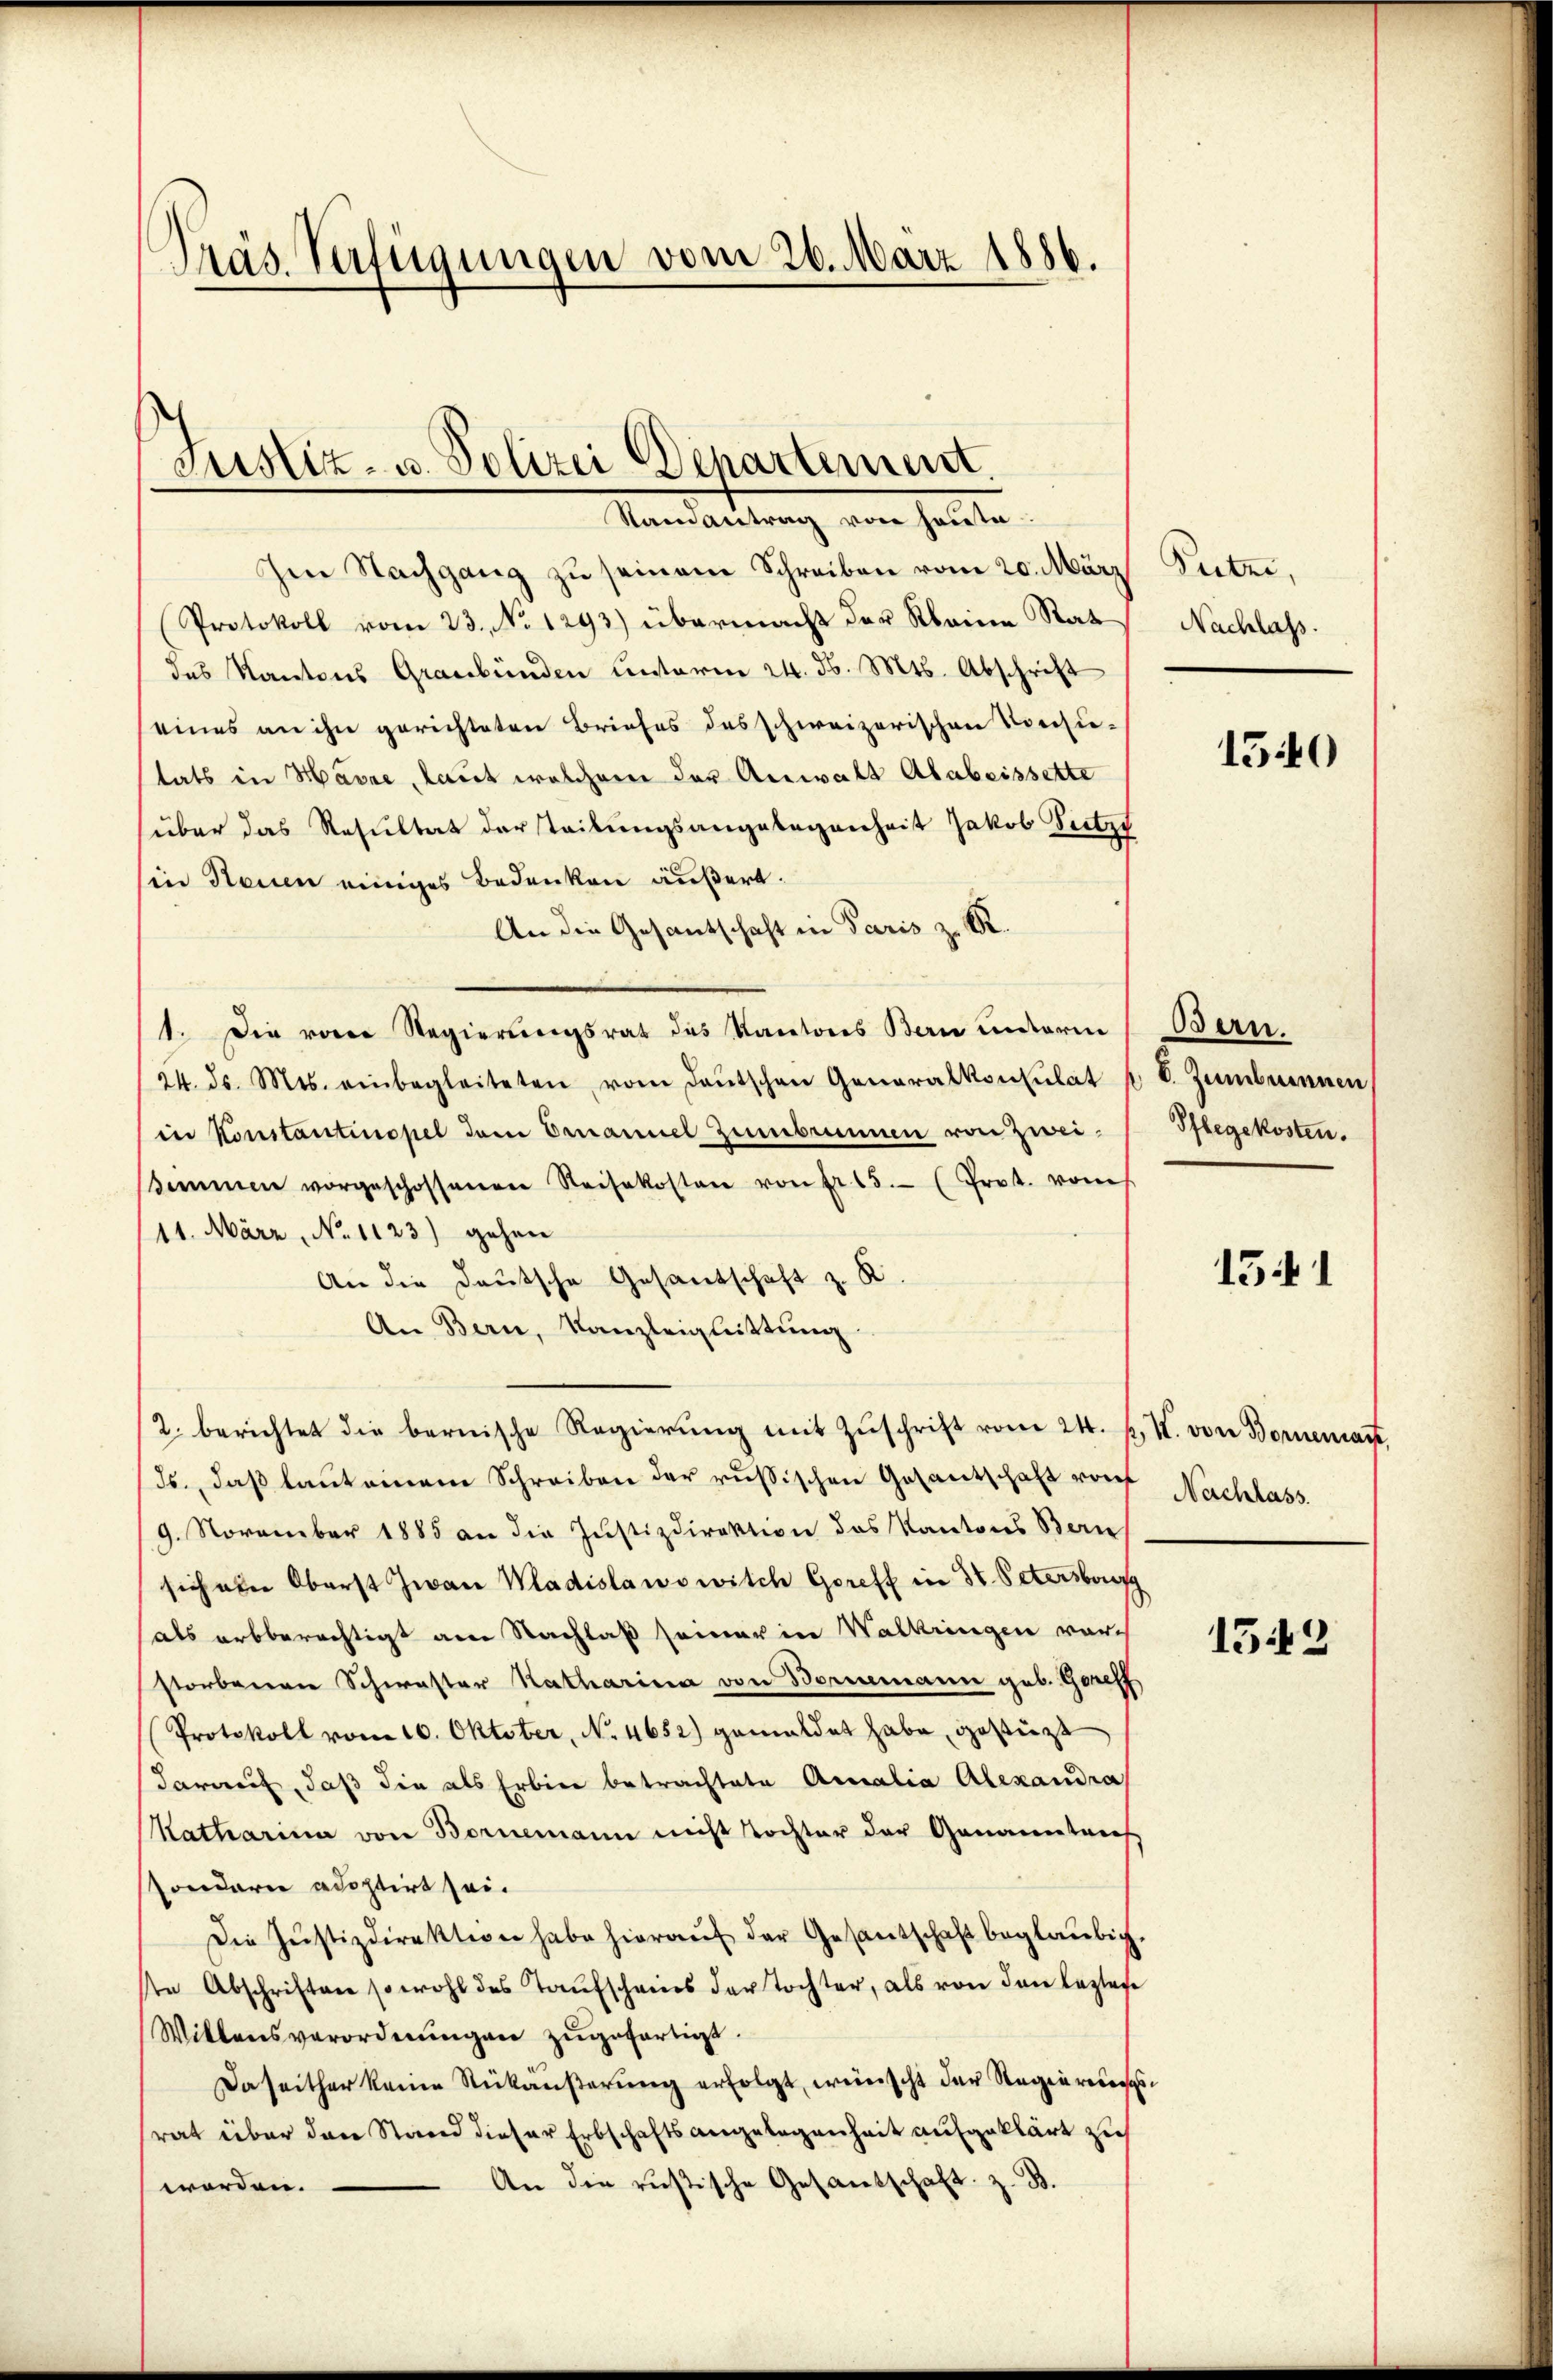
Präs. Verfügungen vom 26. März 1886.

Justiz- u. Polizei Departement.
Vandartung von halten

Ien Nachgang zu seinem Schreiben vom 20. März
Protokoll vom 23. No 1293) übermacht der Kleine Rat
das Kantons Graubünden Unterm 24. d. Mts. Abschrift
seines an ihn gerichteten Briefes des schweizerischen Vorzu-
stats in Havre, laut welchem der Anwalt Ababeissette
(über das Resultat der Teilungsangelegenheit Jakob Dutzy
sin Neuen einiges Bedenken äußert.
An die Gesantschaft in Paris z. R.
1. Die von Regierungsrat des Kantons Bern unterm Bern.
24. ds. Mts. einbegleiteten vom deŭtschen Generalkonsulat
in Konstantinopel dem Ernannel Zumbrunnen von Zweisimmen vorgeschossenen Reisekosten von fr. 15. (Prot. vom
11. März, No 1123) gehen
An die Deutsche Gesandschaft z. B.
An Bern, Kanzleiglittung
2. berichtet die bernische Regierŭng mit Zŭschrift vom 24. d. M. von Borneman
Js., daß laut einem Schreiben der russischen Gesantschaft von
9. November 1885 an die Justizdirektion das Kantons Bern
sich ein Oberst Jwan Wladislawowilch Goreff in St. Petersburg
als arbberechtigt am Nachlaß seiner in Walkringen vorstorberern Schwester Katharina von Bernemann geb. Greff
Protokoll vom 16. Oktober, No. 4652) gemeldet habe, gestüzt
darauf, daß die als Erbier betrachtete Amalia Alexandra
Katharina von Bornemann nicht Tochter der Genannteres
sondern adoptirt sei.
Die Justizdirektion habe hieraŭf der Gesantschaft beglaubig.
te Abschriften sowohl des Taufschreies der Tochter, als von den leztere
Willensverordnŭngen zugefertigt.
Daseither keine Rückäußerung erfolgt, weinscht der Regiereniss
srat über den Stand dieser Erbschaftsangelegenheit aufgeklärt zu
An die rusische Gesandschaft z. B.
worden.

Puber,
Nachlass.

.

1540

V. Zumbunnen,
Pflegekosten.

1541

Nachlass

1543